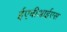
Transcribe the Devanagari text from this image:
ईएबीआईएस